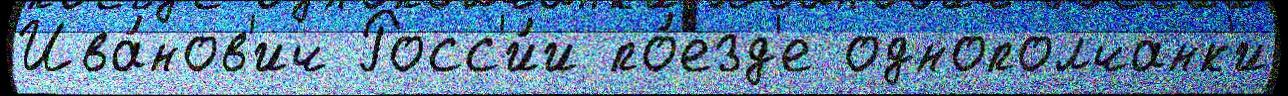
Ива́нов'ич Росс'и́и по́езд'е однополчанк'и